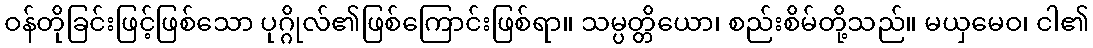
ဝန်တိုခြင်းဖြင့်ဖြစ်သော ပုဂ္ဂိုလ်၏ဖြစ်ကြောင်းဖြစ်ရာ။ သမ္ပတ္တိယော၊ စည်းစိမ်တို့သည်။ မယှမေဝ၊ ငါ၏